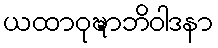
ယထာဝုဍ္ဎာဘိဝါဒနာ